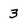
Character: 3